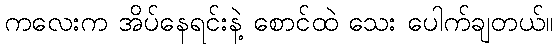
ကလေးက အိပ်နေရင်းနဲ့ စောင်ထဲ သေး ပေါက်ချတယ်။